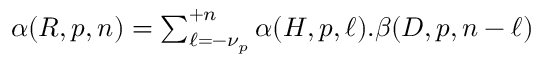
\begin{array} { r } { \alpha ( R , p , n ) = \sum _ { \ell = - \nu _ { p } } ^ { + n } \alpha ( H , p , \ell ) . \beta ( D , p , n - \ell ) } \end{array}